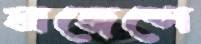
লজেন্সে